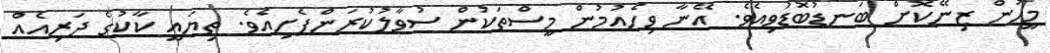
މީހުން ޒިނޭކޮށް ބަނޑުބޮޑުވިއެވެ. އޭނާ ވިހެއުމުން މީސްތަކުން ސުވާލުކުރަންފެށިއެވެ. ތިޔައީ ކާކުގެ ދަރިއެއް